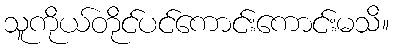
သူကိုယ်တိုင်ပင်ကောင်းကောင်းမသိ။